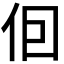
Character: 𪜭